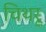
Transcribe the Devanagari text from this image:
चिथरू